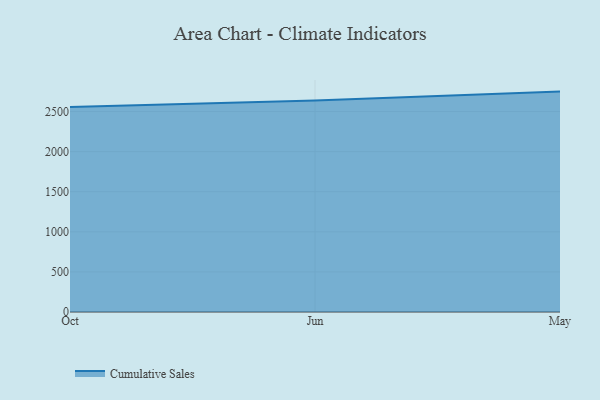
{"axis": {"x": "Month", "y": "Production Output"}, "legend": ["Cumulative Sales"], "data": [{"x": "Oct", "y": 2558.0, "type": "Cumulative Sales"}, {"x": "Jun", "y": 2637.1, "type": "Cumulative Sales"}, {"x": "May", "y": 2748.7, "type": "Cumulative Sales"}]}